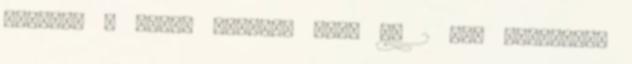
életét. a másik sztorim meg, kb 2 éve dolgoztam